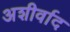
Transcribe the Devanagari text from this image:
अशीर्वाद